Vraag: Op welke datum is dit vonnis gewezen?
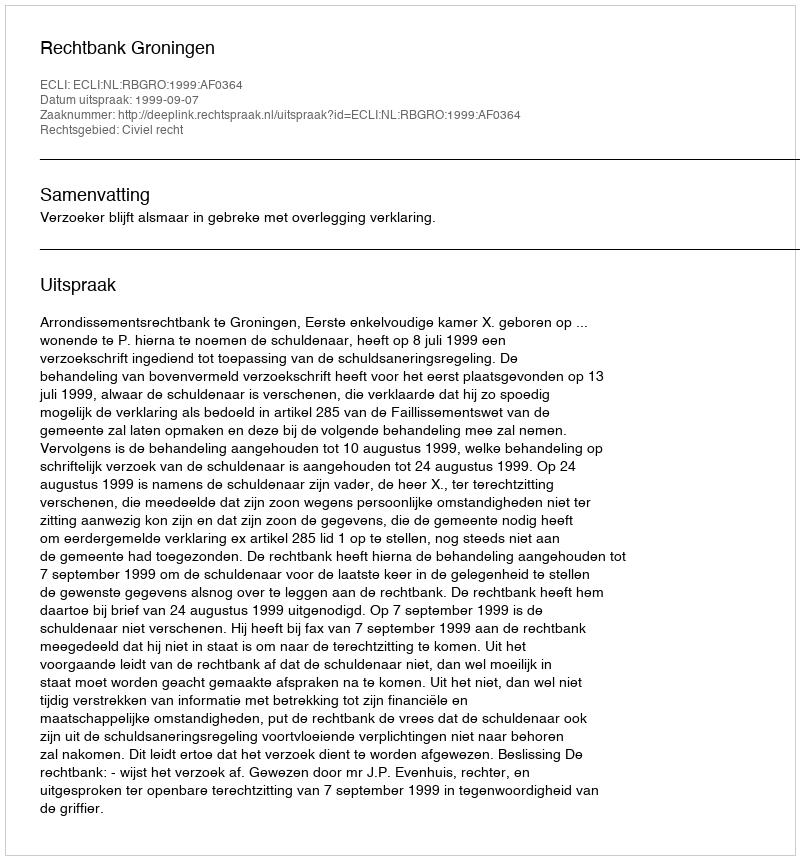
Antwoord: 1999-09-07